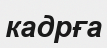
кадрға